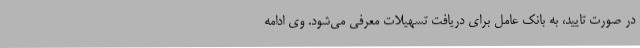
در صورت تایید، به بانک عامل برای دریافت تسهیلات معرفی می‌شود. وی ادامه